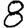
Digit: 8